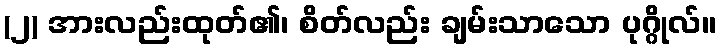
(၂) အားလည်းထုတ်၏၊ စိတ်လည်း ချမ်းသာသော ပုဂ္ဂိုလ်။